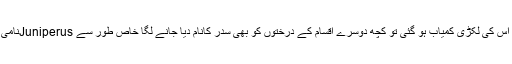
لیکن جب سدر کے جنگلات لبنان و شام میں تیزی کے ساتھ کاٹے جانے لگے اور اس کی لکڑی کمیاب ہو گئی تو کچھ دوسرے اقسام کے درختوں کو بھی سدر کانام دیا جانے لگا خاص طور سے Juniperusنامی جنس کا در خت جو عربی میں العر عر کہلاتا تھا اس کو بھی سدر کہا جانے لگا ۔